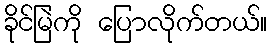
ခိုင်မြဲကို ပြောလိုက်တယ်။